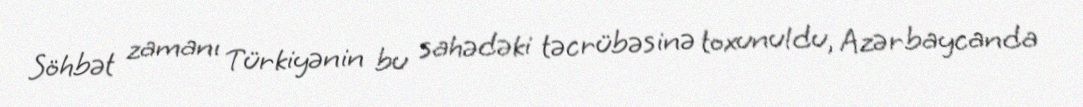
Söhbət zamanı Türkiyənin bu sahədəki təcrübəsinə toxunuldu, Azərbaycanda